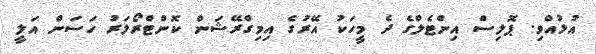
އުޅުއްވި. ޕޮލިސް އިންޓެލްގެ ދެ މީހަކު އޭރުގެ އިމިގްރޭޝަން ކޮންޓްރޯލަރު ހަސަން އަލީ